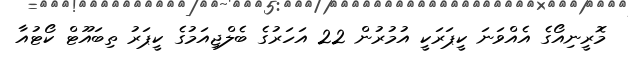
މޮރީނިއޯގެ އެއްވަނަ ކީޕަރަކީ އުމުރުން 22 އަހަރުގެ ބެލްޖިއަމުގެ ކީޕަރު ތިބައޫޓް ކޯޓުއާ